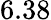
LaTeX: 6.38